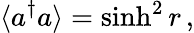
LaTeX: \langle a^{\dagger}a\rangle=\sinh^{2}r\, ,